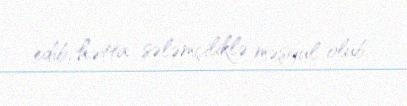
edib, hətta sələmçiliklə məşğul olub.